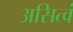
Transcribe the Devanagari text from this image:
असित्वं